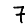
Digit: 7